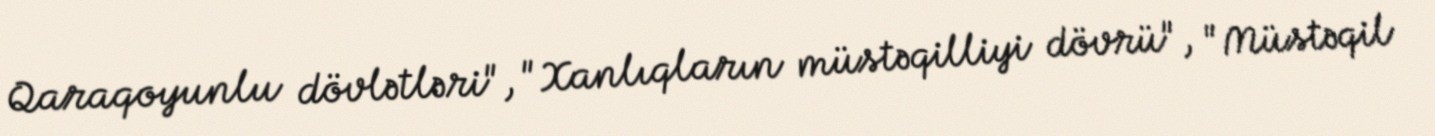
Qaraqoyunlu dövlətləri", "Xanlıqların müstəqilliyi dövrü", "Müstəqil